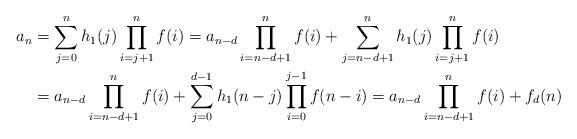
LaTeX: \begin{align*}a_n & = \sum_{j=0}^n h_1(j) \prod_{i=j+1}^n f(i) = a_{n-d}\prod_{i=n-d+1}^n f(i) + \sum_{j=n-d+1}^n h_1(j) \prod_{i=j+1}^n f(i) \\& = a_{n-d}\prod_{i=n-d+1}^n f(i) + \sum_{j=0}^{d-1} h_1(n-j) \prod_{i=0}^{j-1} f(n-i) = a_{n-d}\prod_{i=n-d+1}^n f(i) + f_d(n)\end{align*}